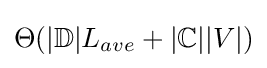
\Theta (\vert \mathbb {D} \vert L_{ave}+\vert \mathbb {C} \vert \vert V\vert )